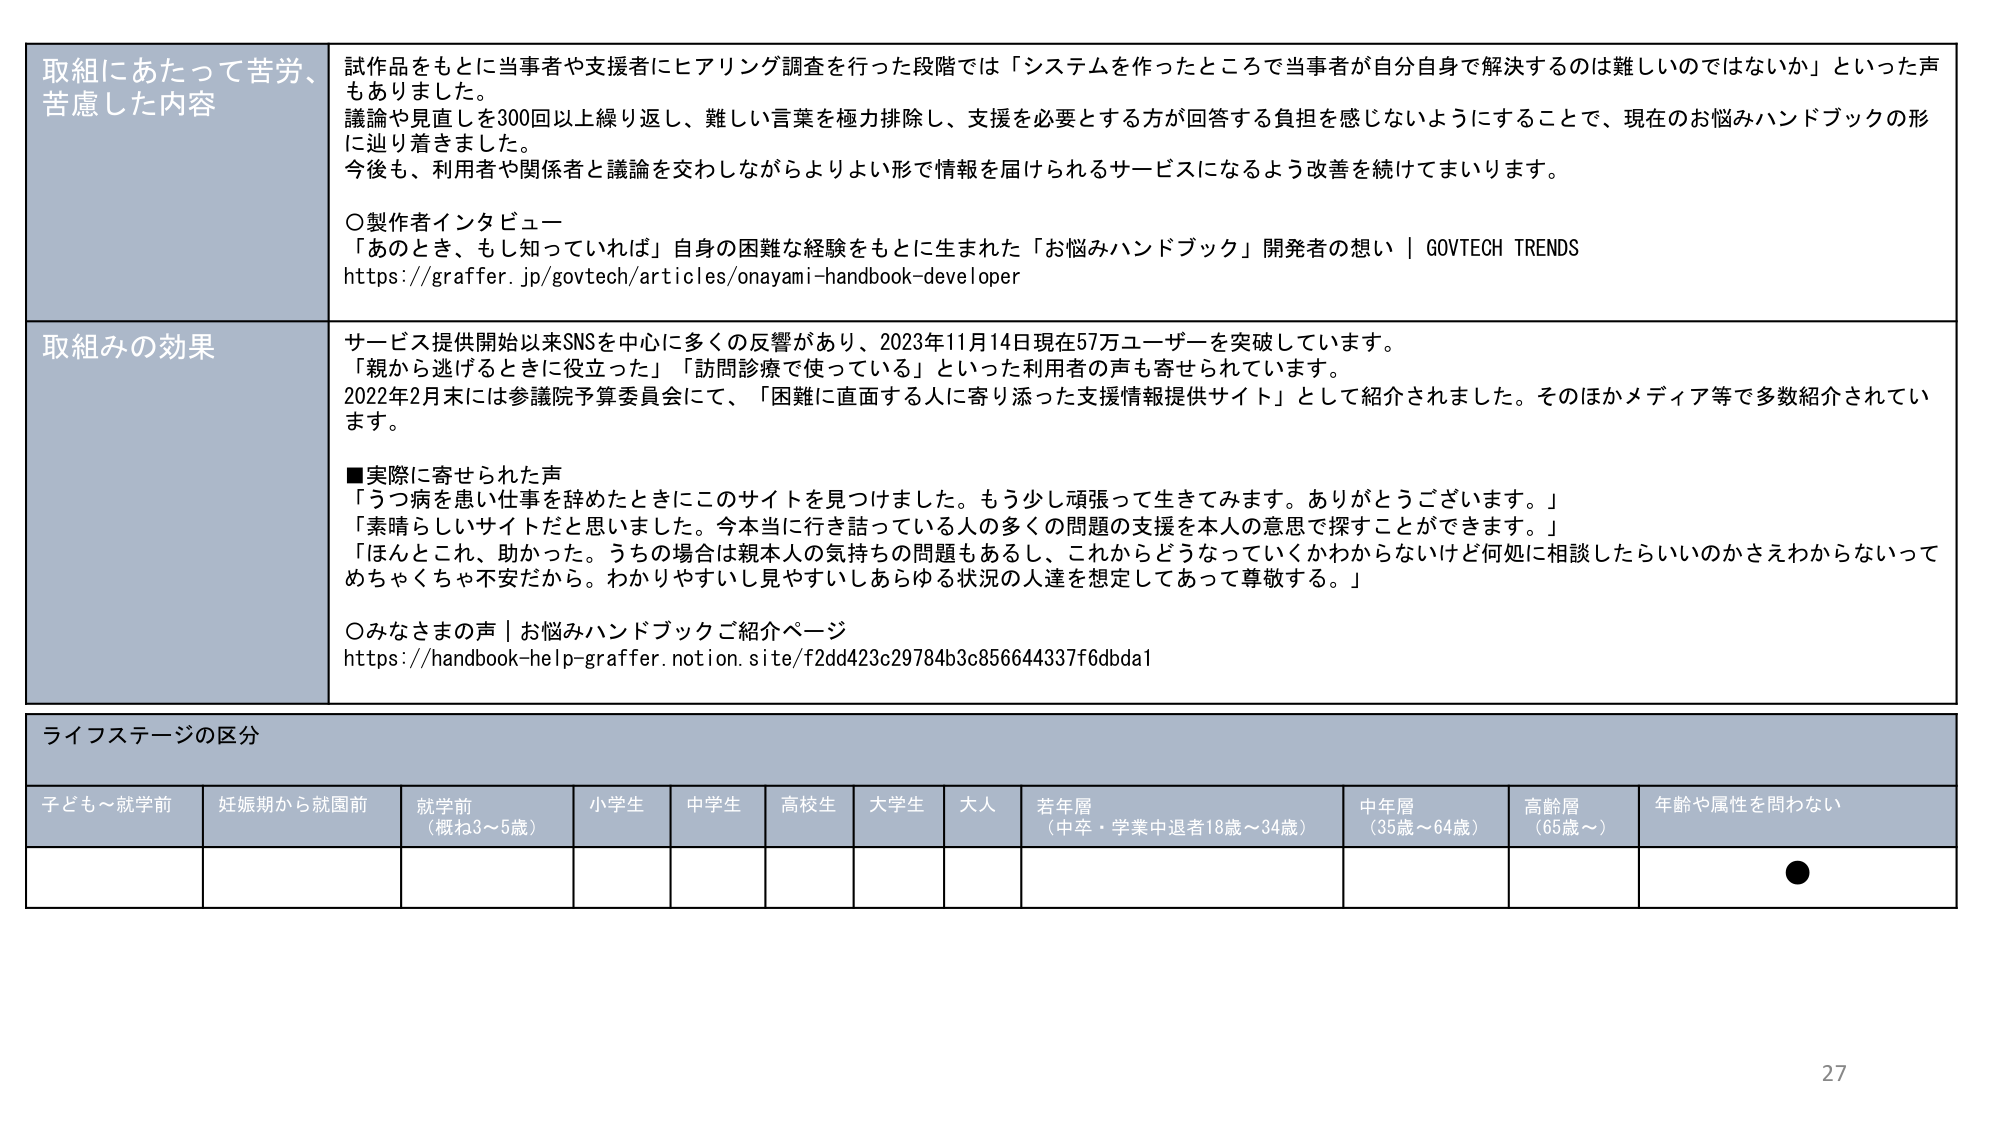
取組にあたって苦労、
苦慮した内容
試作品をもとに当事者や支援者にヒアリング調査を行った段階では「システムを作ったところで当事者が自分自身で解決するのは難しいのではないか」といった声
もありました。
議論や見直しを300回以上繰り返し、難しい言葉を極力排除し、支援を必要とする方が回答する負担を感じないようにすることで、現在のお悩みハンドブックの形
に辿り着きました。
今後も、利用者や関係者と議論を交わしながらよりよい形で情報を届けられるサービスになるよう改善を続けてまいります。

〇製作者インタビュー
「あのとき、もし知っていれば」自身の困難な経験をもとに生まれた「お悩みハンドブック」開発者の想い | GOVTECH TRENDS
https://graffer.jp/govtech/articles/onayami-handbook-developer

取組みの効果
サービス提供開始以来SNSを中心に多くの反響があり、2023年11月14日現在57万ユーザーを突破しています。
「親から逃げるときに役立った」「訪問診療で使っている」といった利用者の声も寄せられています。
2022年2月末には参議院予算委員会にて、「困難に直面する人に寄り添った支援情報提供サイト」として紹介されました。そのほかメディア等で多数紹介されてい
ます。

■実際に寄せられた声
「うつ病を患い仕事を辞めたときにこのサイトを見つけました。もう少し頑張って生きてみます。ありがとうございます。」
「素晴らしいサイトだと思いました。今本当に行き詰っている人の多くの問題の支援を本人の意思で探すことができます。」
「ほんとこれ、助かった。うちの場合は親本人の気持ちの問題もあるし、これからどうなっていくかわからないけど何処に相談したらいいのかさえわからないって
めちゃくちゃ不安だから。わかりやすいし見やすいしあらゆる状況の人達を想定してあって尊敬する。」

〇みなさまの声｜お悩みハンドブックご紹介ページ
https://handbook-help-graffer.notion.site/f2dd423c29784b3c856644337f6dbda1

ライフステージの区分
子ども～就学前　妊娠期から就園前　就学前（概ね3～5歳）　小学生　中学生　高校生　大学生　大人　若年層（中卒・学業中退者18歳～34歳）　中年層（35歳～64歳）　高齢層（65歳～）　年齢や属性を問わない

27